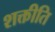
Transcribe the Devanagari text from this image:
शक्तीति